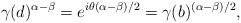
\begin{align*}\gamma(d)^{\alpha-\beta}=e^{i\theta(\alpha-\beta)/2}=\gamma(b)^{(\alpha-\beta)/2},\end{align*}